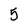
Character: 5